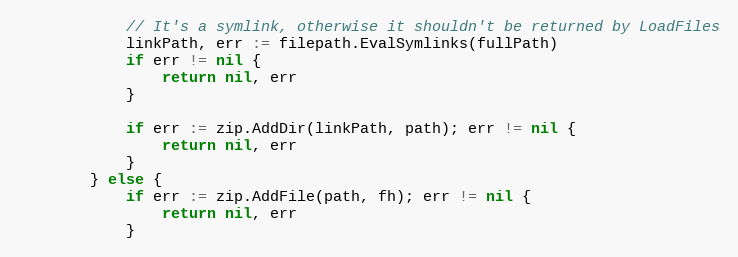
Language: Go
			// It's a symlink, otherwise it shouldn't be returned by LoadFiles
			linkPath, err := filepath.EvalSymlinks(fullPath)
			if err != nil {
				return nil, err
			}

			if err := zip.AddDir(linkPath, path); err != nil {
				return nil, err
			}
		} else {
			if err := zip.AddFile(path, fh); err != nil {
				return nil, err
			}